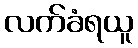
လက်ခံရယူ